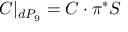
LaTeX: { \cal C } | _ { d P _ { 9 } } = { \cal C } \cdot \pi ^ { * } { \cal S }